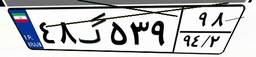
۴۸گ۵۳۹۹۸